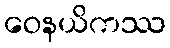
ဝေနယိကဿ